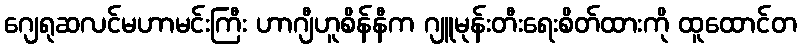
ဂျေရုဆလင်မဟာမင်းကြီး ဟာဂျီဟူစိန်နီက ဂျူမုန်းတီးရေးစိတ်ထားကို ထူထောင်တ